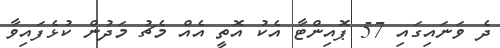
ދެ ވަނައިގައި 57 ޕޮއިންޓާ އެކު އޮތީ އެއް މެޗު މަދުން ކުޅެފައިވާ